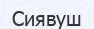
Сиявуш